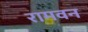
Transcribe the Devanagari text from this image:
रामवन